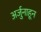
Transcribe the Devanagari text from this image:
अर्जुनाहून